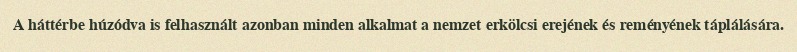
A háttérbe húzódva is felhasznált azonban minden alkalmat a nemzet erkölcsi erejének és reményének táplálására.